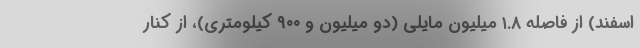
اسفند) از فاصله ۱.۸ میلیون مایلی (دو میلیون و ۹۰۰ کیلومتری)، از کنار